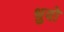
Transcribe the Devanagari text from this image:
धुवो